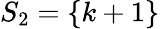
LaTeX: S_{2}=\left\{ k+1\right\}